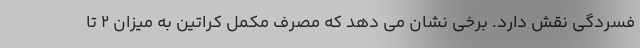
فسردگی نقش دارد. برخی نشان می دهد که مصرف مکمل کراتین به میزان 2 تا